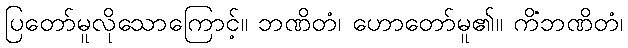
ပြတော်မူလိုသောကြောင့်။ ဘဏိတံ၊ ဟောတော်မူ၏။ ကိံဘဏိတံ၊